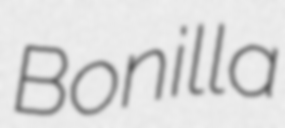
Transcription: Bonilla